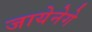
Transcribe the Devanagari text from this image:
जायेनेगे